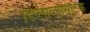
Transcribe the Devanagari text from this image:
डिप्लोब्लासटिक